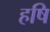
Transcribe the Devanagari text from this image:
हषि